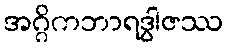
အဂ္ဂိကဘာရဒွါဇဿ